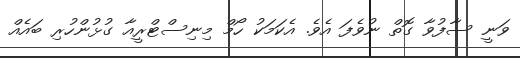
ވަނީ ސާފުވާ ގޮތް ނުވެފަ އެވެ. އެކަމަކު ހޯމް މިނިސްޓްރީއާ ގުޅުންހުރި ބައެއް